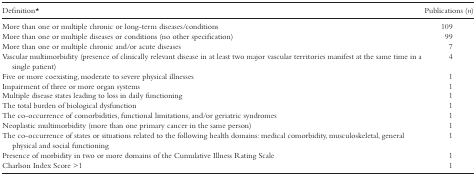
| Definition* | Publications (n) |
 | --- | --- |
 | More than one or multiple chronic or long-term diseases/conditions | 109 |
 | More than one or multiple diseases or conditions (no other specification) | 99 |
 | More than one or multiple chronic and/or acute diseases | 7 |
 | Vascular multimorbidity (presence of clinically relevant disease in at least two major vascular territories manifest at the same time in a single patient) | 4 |
 | Five or more coexisting, moderate to severe physical illnesses | 1 |
 | Impairment of three or more organ systems | 1 |
 | Multiple disease states leading to loss in daily functioning | 1 |
 | The total burden of biological dysfunction | 1 |
 | The co-occurrence of comorbidities, functional limitations, and/or geriatric syndromes | 1 |
 | Neoplastic multimorbidity (more than one primary cancer in the same person) | 1 |
 | The co-occurrence of states or situations related to the following health domains: medical comorbidity, musculoskeletal, general physical and social functioning | 1 |
 | Presence of morbidity in two or more domains of the Cumulative Illness Rating Scale | 1 |
 | Charlson Index Score >1 | 1 |